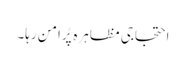
احتجاجی مظاہرہ پُرامن رہا۔